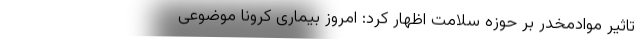
تاثیر موادمخدر بر حوزه سلامت اظهار کرد: امروز بیماری کرونا موضوعی